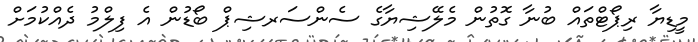
މީޑިޔާ ރިޕޯޓްތައް ބުނާ ގޮތުން މެލޭޝިޔާގެ ސެންސަރޝިޕް ބޯޑުން އެ ފިލްމު ދެއްކުމަށް